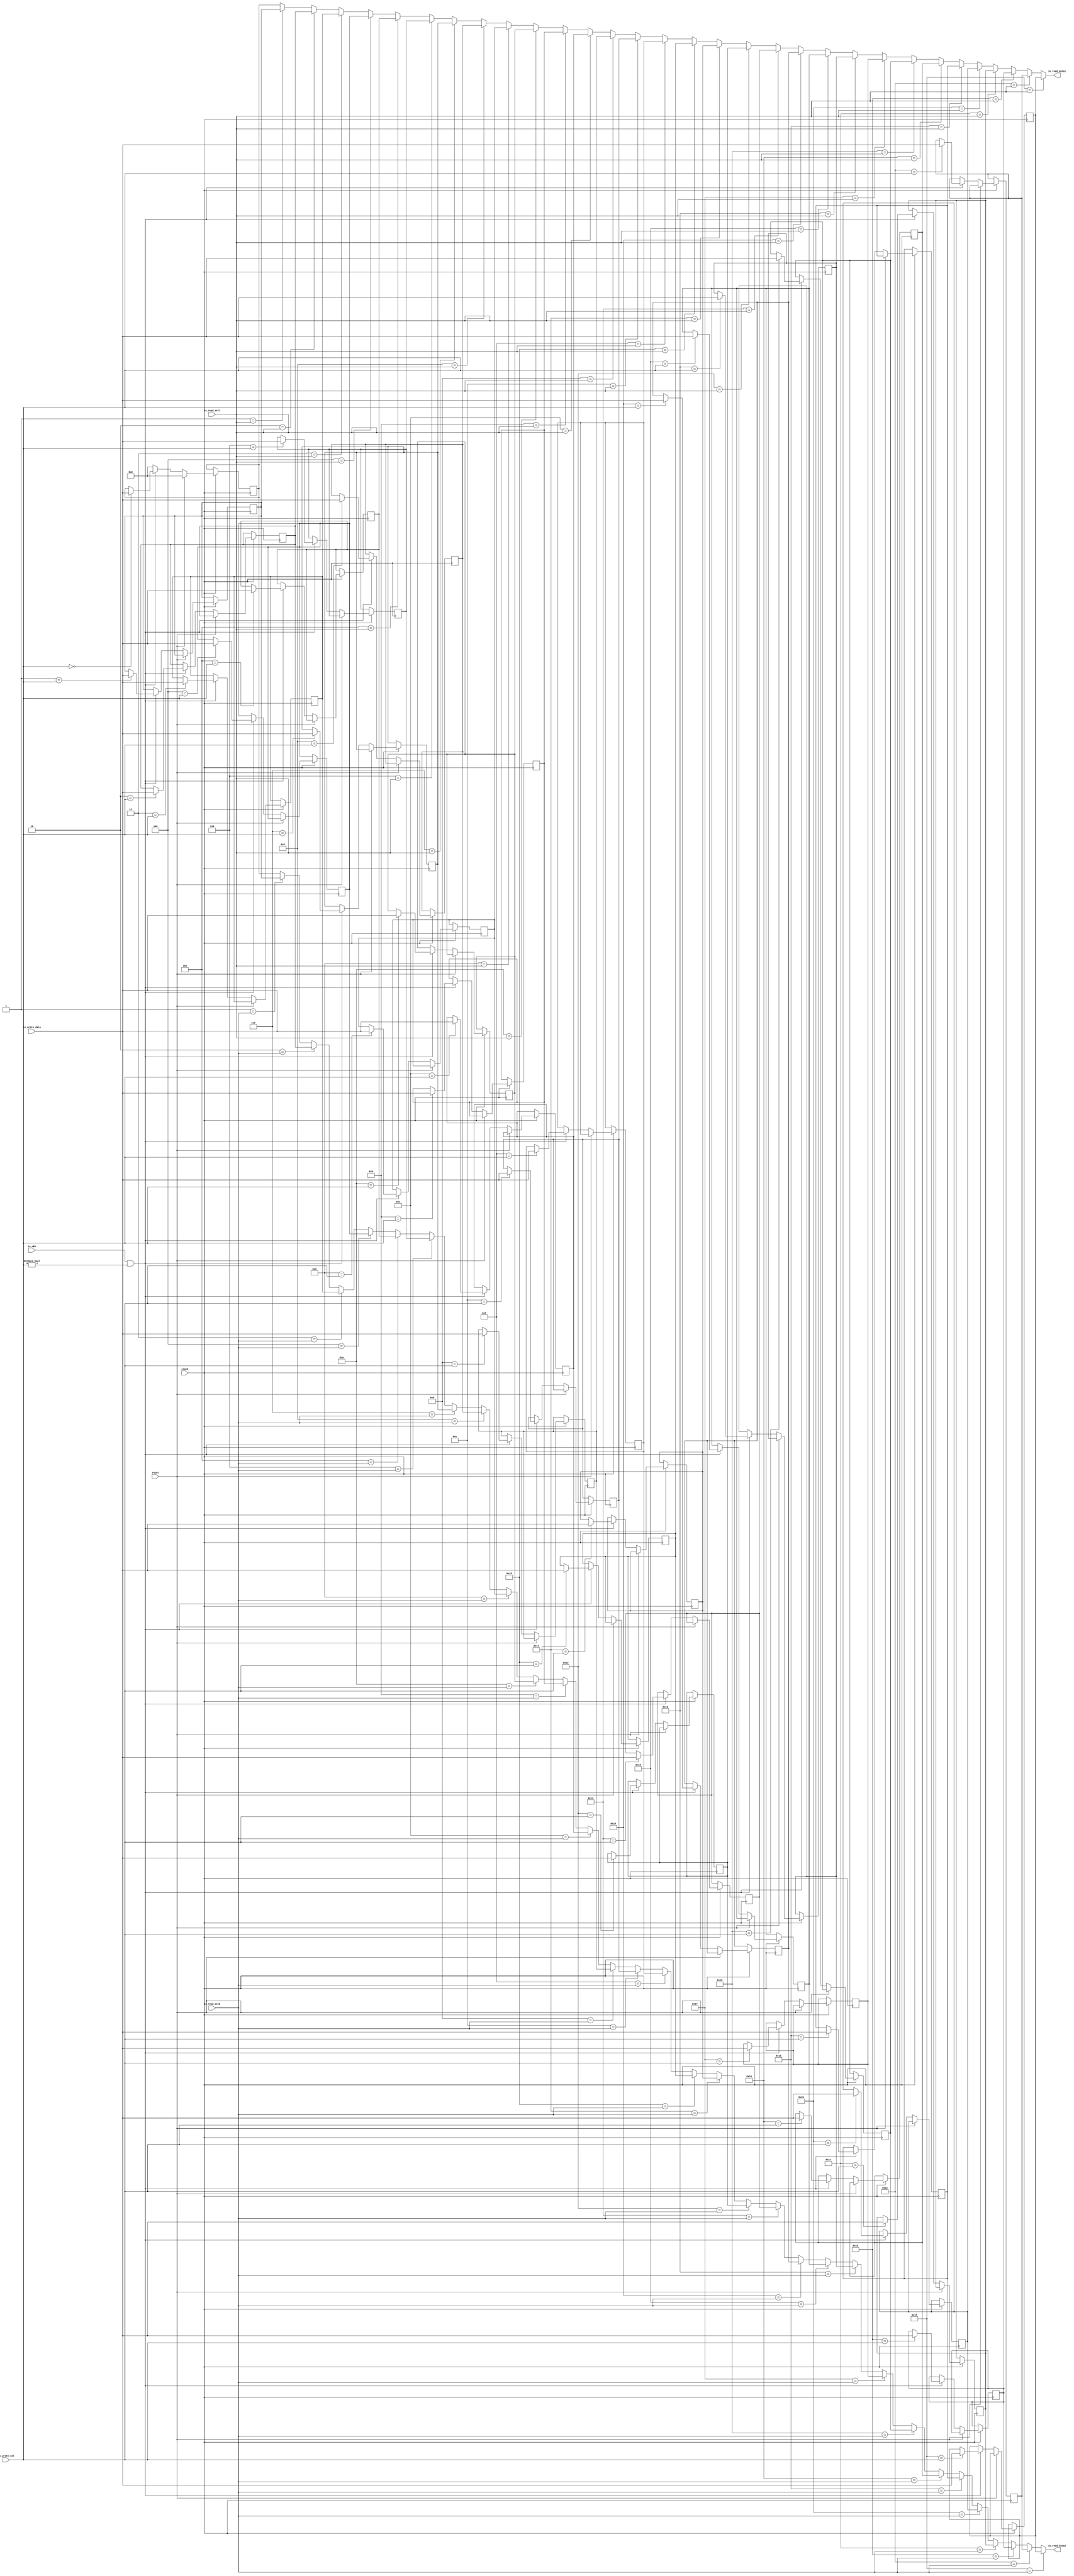
module register_file( // @[:@3.2]
  input         clock, // @[:@4.4]
  input         reset, // @[:@5.4]
  input         io_wEn, // @[:@6.4]
  input  [31:0] io_write_data, // @[:@6.4]
  input  [4:0]  io_read_sel1, // @[:@6.4]
  input  [4:0]  io_read_sel2, // @[:@6.4]
  input  [4:0]  io_write_sel, // @[:@6.4]
  output [31:0] io_read_data1, // @[:@6.4]
  output [31:0] io_read_data2 // @[:@6.4]
);
  reg [31:0] register_file_block_0; // @[regFile.scala 23:32:@8.4]
  reg [31:0] _RAND_0;
  reg [31:0] register_file_block_1; // @[regFile.scala 23:32:@8.4]
  reg [31:0] _RAND_1;
  reg [31:0] register_file_block_2; // @[regFile.scala 23:32:@8.4]
  reg [31:0] _RAND_2;
  reg [31:0] register_file_block_3; // @[regFile.scala 23:32:@8.4]
  reg [31:0] _RAND_3;
  reg [31:0] register_file_block_4; // @[regFile.scala 23:32:@8.4]
  reg [31:0] _RAND_4;
  reg [31:0] register_file_block_5; // @[regFile.scala 23:32:@8.4]
  reg [31:0] _RAND_5;
  reg [31:0] register_file_block_6; // @[regFile.scala 23:32:@8.4]
  reg [31:0] _RAND_6;
  reg [31:0] register_file_block_7; // @[regFile.scala 23:32:@8.4]
  reg [31:0] _RAND_7;
  reg [31:0] register_file_block_8; // @[regFile.scala 23:32:@8.4]
  reg [31:0] _RAND_8;
  reg [31:0] register_file_block_9; // @[regFile.scala 23:32:@8.4]
  reg [31:0] _RAND_9;
  reg [31:0] register_file_block_10; // @[regFile.scala 23:32:@8.4]
  reg [31:0] _RAND_10;
  reg [31:0] register_file_block_11; // @[regFile.scala 23:32:@8.4]
  reg [31:0] _RAND_11;
  reg [31:0] register_file_block_12; // @[regFile.scala 23:32:@8.4]
  reg [31:0] _RAND_12;
  reg [31:0] register_file_block_13; // @[regFile.scala 23:32:@8.4]
  reg [31:0] _RAND_13;
  reg [31:0] register_file_block_14; // @[regFile.scala 23:32:@8.4]
  reg [31:0] _RAND_14;
  reg [31:0] register_file_block_15; // @[regFile.scala 23:32:@8.4]
  reg [31:0] _RAND_15;
  reg [31:0] register_file_block_16; // @[regFile.scala 23:32:@8.4]
  reg [31:0] _RAND_16;
  reg [31:0] register_file_block_17; // @[regFile.scala 23:32:@8.4]
  reg [31:0] _RAND_17;
  reg [31:0] register_file_block_18; // @[regFile.scala 23:32:@8.4]
  reg [31:0] _RAND_18;
  reg [31:0] register_file_block_19; // @[regFile.scala 23:32:@8.4]
  reg [31:0] _RAND_19;
  reg [31:0] register_file_block_20; // @[regFile.scala 23:32:@8.4]
  reg [31:0] _RAND_20;
  reg [31:0] register_file_block_21; // @[regFile.scala 23:32:@8.4]
  reg [31:0] _RAND_21;
  reg [31:0] register_file_block_22; // @[regFile.scala 23:32:@8.4]
  reg [31:0] _RAND_22;
  reg [31:0] register_file_block_23; // @[regFile.scala 23:32:@8.4]
  reg [31:0] _RAND_23;
  reg [31:0] register_file_block_24; // @[regFile.scala 23:32:@8.4]
  reg [31:0] _RAND_24;
  reg [31:0] register_file_block_25; // @[regFile.scala 23:32:@8.4]
  reg [31:0] _RAND_25;
  reg [31:0] register_file_block_26; // @[regFile.scala 23:32:@8.4]
  reg [31:0] _RAND_26;
  reg [31:0] register_file_block_27; // @[regFile.scala 23:32:@8.4]
  reg [31:0] _RAND_27;
  reg [31:0] register_file_block_28; // @[regFile.scala 23:32:@8.4]
  reg [31:0] _RAND_28;
  reg [31:0] register_file_block_29; // @[regFile.scala 23:32:@8.4]
  reg [31:0] _RAND_29;
  reg [31:0] register_file_block_30; // @[regFile.scala 23:32:@8.4]
  reg [31:0] _RAND_30;
  reg [31:0] register_file_block_31; // @[regFile.scala 23:32:@8.4]
  reg [31:0] _RAND_31;
  wire  _T_60; // @[regFile.scala 25:15:@9.4]
  wire  _T_67; // @[regFile.scala 29:43:@18.8]
  wire  _T_68; // @[regFile.scala 29:26:@19.8]
  wire [31:0] _GEN_0; // @[regFile.scala 30:43:@21.10]
  wire [31:0] _GEN_1; // @[regFile.scala 30:43:@21.10]
  wire [31:0] _GEN_2; // @[regFile.scala 30:43:@21.10]
  wire [31:0] _GEN_3; // @[regFile.scala 30:43:@21.10]
  wire [31:0] _GEN_4; // @[regFile.scala 30:43:@21.10]
  wire [31:0] _GEN_5; // @[regFile.scala 30:43:@21.10]
  wire [31:0] _GEN_6; // @[regFile.scala 30:43:@21.10]
  wire [31:0] _GEN_7; // @[regFile.scala 30:43:@21.10]
  wire [31:0] _GEN_8; // @[regFile.scala 30:43:@21.10]
  wire [31:0] _GEN_9; // @[regFile.scala 30:43:@21.10]
  wire [31:0] _GEN_10; // @[regFile.scala 30:43:@21.10]
  wire [31:0] _GEN_11; // @[regFile.scala 30:43:@21.10]
  wire [31:0] _GEN_12; // @[regFile.scala 30:43:@21.10]
  wire [31:0] _GEN_13; // @[regFile.scala 30:43:@21.10]
  wire [31:0] _GEN_14; // @[regFile.scala 30:43:@21.10]
  wire [31:0] _GEN_15; // @[regFile.scala 30:43:@21.10]
  wire [31:0] _GEN_16; // @[regFile.scala 30:43:@21.10]
  wire [31:0] _GEN_17; // @[regFile.scala 30:43:@21.10]
  wire [31:0] _GEN_18; // @[regFile.scala 30:43:@21.10]
  wire [31:0] _GEN_19; // @[regFile.scala 30:43:@21.10]
  wire [31:0] _GEN_20; // @[regFile.scala 30:43:@21.10]
  wire [31:0] _GEN_21; // @[regFile.scala 30:43:@21.10]
  wire [31:0] _GEN_22; // @[regFile.scala 30:43:@21.10]
  wire [31:0] _GEN_23; // @[regFile.scala 30:43:@21.10]
  wire [31:0] _GEN_24; // @[regFile.scala 30:43:@21.10]
  wire [31:0] _GEN_25; // @[regFile.scala 30:43:@21.10]
  wire [31:0] _GEN_26; // @[regFile.scala 30:43:@21.10]
  wire [31:0] _GEN_27; // @[regFile.scala 30:43:@21.10]
  wire [31:0] _GEN_28; // @[regFile.scala 30:43:@21.10]
  wire [31:0] _GEN_29; // @[regFile.scala 30:43:@21.10]
  wire [31:0] _GEN_30; // @[regFile.scala 30:43:@21.10]
  wire [31:0] _GEN_31; // @[regFile.scala 30:43:@21.10]
  wire [31:0] _GEN_32; // @[regFile.scala 29:53:@20.8]
  wire [31:0] _GEN_33; // @[regFile.scala 29:53:@20.8]
  wire [31:0] _GEN_34; // @[regFile.scala 29:53:@20.8]
  wire [31:0] _GEN_35; // @[regFile.scala 29:53:@20.8]
  wire [31:0] _GEN_36; // @[regFile.scala 29:53:@20.8]
  wire [31:0] _GEN_37; // @[regFile.scala 29:53:@20.8]
  wire [31:0] _GEN_38; // @[regFile.scala 29:53:@20.8]
  wire [31:0] _GEN_39; // @[regFile.scala 29:53:@20.8]
  wire [31:0] _GEN_40; // @[regFile.scala 29:53:@20.8]
  wire [31:0] _GEN_41; // @[regFile.scala 29:53:@20.8]
  wire [31:0] _GEN_42; // @[regFile.scala 29:53:@20.8]
  wire [31:0] _GEN_43; // @[regFile.scala 29:53:@20.8]
  wire [31:0] _GEN_44; // @[regFile.scala 29:53:@20.8]
  wire [31:0] _GEN_45; // @[regFile.scala 29:53:@20.8]
  wire [31:0] _GEN_46; // @[regFile.scala 29:53:@20.8]
  wire [31:0] _GEN_47; // @[regFile.scala 29:53:@20.8]
  wire [31:0] _GEN_48; // @[regFile.scala 29:53:@20.8]
  wire [31:0] _GEN_49; // @[regFile.scala 29:53:@20.8]
  wire [31:0] _GEN_50; // @[regFile.scala 29:53:@20.8]
  wire [31:0] _GEN_51; // @[regFile.scala 29:53:@20.8]
  wire [31:0] _GEN_52; // @[regFile.scala 29:53:@20.8]
  wire [31:0] _GEN_53; // @[regFile.scala 29:53:@20.8]
  wire [31:0] _GEN_54; // @[regFile.scala 29:53:@20.8]
  wire [31:0] _GEN_55; // @[regFile.scala 29:53:@20.8]
  wire [31:0] _GEN_56; // @[regFile.scala 29:53:@20.8]
  wire [31:0] _GEN_57; // @[regFile.scala 29:53:@20.8]
  wire [31:0] _GEN_58; // @[regFile.scala 29:53:@20.8]
  wire [31:0] _GEN_59; // @[regFile.scala 29:53:@20.8]
  wire [31:0] _GEN_60; // @[regFile.scala 29:53:@20.8]
  wire [31:0] _GEN_61; // @[regFile.scala 29:53:@20.8]
  wire [31:0] _GEN_62; // @[regFile.scala 29:53:@20.8]
  wire [31:0] _GEN_63; // @[regFile.scala 29:53:@20.8]
  wire [31:0] _GEN_64; // @[regFile.scala 26:23:@13.6]
  wire [31:0] _GEN_65; // @[regFile.scala 26:23:@13.6]
  wire [31:0] _GEN_66; // @[regFile.scala 26:23:@13.6]
  wire [31:0] _GEN_67; // @[regFile.scala 26:23:@13.6]
  wire [31:0] _GEN_68; // @[regFile.scala 26:23:@13.6]
  wire [31:0] _GEN_69; // @[regFile.scala 26:23:@13.6]
  wire [31:0] _GEN_70; // @[regFile.scala 26:23:@13.6]
  wire [31:0] _GEN_71; // @[regFile.scala 26:23:@13.6]
  wire [31:0] _GEN_72; // @[regFile.scala 26:23:@13.6]
  wire [31:0] _GEN_73; // @[regFile.scala 26:23:@13.6]
  wire [31:0] _GEN_74; // @[regFile.scala 26:23:@13.6]
  wire [31:0] _GEN_75; // @[regFile.scala 26:23:@13.6]
  wire [31:0] _GEN_76; // @[regFile.scala 26:23:@13.6]
  wire [31:0] _GEN_77; // @[regFile.scala 26:23:@13.6]
  wire [31:0] _GEN_78; // @[regFile.scala 26:23:@13.6]
  wire [31:0] _GEN_79; // @[regFile.scala 26:23:@13.6]
  wire [31:0] _GEN_80; // @[regFile.scala 26:23:@13.6]
  wire [31:0] _GEN_81; // @[regFile.scala 26:23:@13.6]
  wire [31:0] _GEN_82; // @[regFile.scala 26:23:@13.6]
  wire [31:0] _GEN_83; // @[regFile.scala 26:23:@13.6]
  wire [31:0] _GEN_84; // @[regFile.scala 26:23:@13.6]
  wire [31:0] _GEN_85; // @[regFile.scala 26:23:@13.6]
  wire [31:0] _GEN_86; // @[regFile.scala 26:23:@13.6]
  wire [31:0] _GEN_87; // @[regFile.scala 26:23:@13.6]
  wire [31:0] _GEN_88; // @[regFile.scala 26:23:@13.6]
  wire [31:0] _GEN_89; // @[regFile.scala 26:23:@13.6]
  wire [31:0] _GEN_90; // @[regFile.scala 26:23:@13.6]
  wire [31:0] _GEN_91; // @[regFile.scala 26:23:@13.6]
  wire [31:0] _GEN_92; // @[regFile.scala 26:23:@13.6]
  wire [31:0] _GEN_93; // @[regFile.scala 26:23:@13.6]
  wire [31:0] _GEN_94; // @[regFile.scala 26:23:@13.6]
  wire [31:0] _GEN_95; // @[regFile.scala 26:23:@13.6]
  wire [31:0] _GEN_129; // @[regFile.scala 38:17:@28.4]
  wire [31:0] _GEN_130; // @[regFile.scala 38:17:@28.4]
  wire [31:0] _GEN_131; // @[regFile.scala 38:17:@28.4]
  wire [31:0] _GEN_132; // @[regFile.scala 38:17:@28.4]
  wire [31:0] _GEN_133; // @[regFile.scala 38:17:@28.4]
  wire [31:0] _GEN_134; // @[regFile.scala 38:17:@28.4]
  wire [31:0] _GEN_135; // @[regFile.scala 38:17:@28.4]
  wire [31:0] _GEN_136; // @[regFile.scala 38:17:@28.4]
  wire [31:0] _GEN_137; // @[regFile.scala 38:17:@28.4]
  wire [31:0] _GEN_138; // @[regFile.scala 38:17:@28.4]
  wire [31:0] _GEN_139; // @[regFile.scala 38:17:@28.4]
  wire [31:0] _GEN_140; // @[regFile.scala 38:17:@28.4]
  wire [31:0] _GEN_141; // @[regFile.scala 38:17:@28.4]
  wire [31:0] _GEN_142; // @[regFile.scala 38:17:@28.4]
  wire [31:0] _GEN_143; // @[regFile.scala 38:17:@28.4]
  wire [31:0] _GEN_144; // @[regFile.scala 38:17:@28.4]
  wire [31:0] _GEN_145; // @[regFile.scala 38:17:@28.4]
  wire [31:0] _GEN_146; // @[regFile.scala 38:17:@28.4]
  wire [31:0] _GEN_147; // @[regFile.scala 38:17:@28.4]
  wire [31:0] _GEN_148; // @[regFile.scala 38:17:@28.4]
  wire [31:0] _GEN_149; // @[regFile.scala 38:17:@28.4]
  wire [31:0] _GEN_150; // @[regFile.scala 38:17:@28.4]
  wire [31:0] _GEN_151; // @[regFile.scala 38:17:@28.4]
  wire [31:0] _GEN_152; // @[regFile.scala 38:17:@28.4]
  wire [31:0] _GEN_153; // @[regFile.scala 38:17:@28.4]
  wire [31:0] _GEN_154; // @[regFile.scala 38:17:@28.4]
  wire [31:0] _GEN_155; // @[regFile.scala 38:17:@28.4]
  wire [31:0] _GEN_156; // @[regFile.scala 38:17:@28.4]
  wire [31:0] _GEN_157; // @[regFile.scala 38:17:@28.4]
  wire [31:0] _GEN_158; // @[regFile.scala 38:17:@28.4]
  wire [31:0] _GEN_161; // @[regFile.scala 39:17:@29.4]
  wire [31:0] _GEN_162; // @[regFile.scala 39:17:@29.4]
  wire [31:0] _GEN_163; // @[regFile.scala 39:17:@29.4]
  wire [31:0] _GEN_164; // @[regFile.scala 39:17:@29.4]
  wire [31:0] _GEN_165; // @[regFile.scala 39:17:@29.4]
  wire [31:0] _GEN_166; // @[regFile.scala 39:17:@29.4]
  wire [31:0] _GEN_167; // @[regFile.scala 39:17:@29.4]
  wire [31:0] _GEN_168; // @[regFile.scala 39:17:@29.4]
  wire [31:0] _GEN_169; // @[regFile.scala 39:17:@29.4]
  wire [31:0] _GEN_170; // @[regFile.scala 39:17:@29.4]
  wire [31:0] _GEN_171; // @[regFile.scala 39:17:@29.4]
  wire [31:0] _GEN_172; // @[regFile.scala 39:17:@29.4]
  wire [31:0] _GEN_173; // @[regFile.scala 39:17:@29.4]
  wire [31:0] _GEN_174; // @[regFile.scala 39:17:@29.4]
  wire [31:0] _GEN_175; // @[regFile.scala 39:17:@29.4]
  wire [31:0] _GEN_176; // @[regFile.scala 39:17:@29.4]
  wire [31:0] _GEN_177; // @[regFile.scala 39:17:@29.4]
  wire [31:0] _GEN_178; // @[regFile.scala 39:17:@29.4]
  wire [31:0] _GEN_179; // @[regFile.scala 39:17:@29.4]
  wire [31:0] _GEN_180; // @[regFile.scala 39:17:@29.4]
  wire [31:0] _GEN_181; // @[regFile.scala 39:17:@29.4]
  wire [31:0] _GEN_182; // @[regFile.scala 39:17:@29.4]
  wire [31:0] _GEN_183; // @[regFile.scala 39:17:@29.4]
  wire [31:0] _GEN_184; // @[regFile.scala 39:17:@29.4]
  wire [31:0] _GEN_185; // @[regFile.scala 39:17:@29.4]
  wire [31:0] _GEN_186; // @[regFile.scala 39:17:@29.4]
  wire [31:0] _GEN_187; // @[regFile.scala 39:17:@29.4]
  wire [31:0] _GEN_188; // @[regFile.scala 39:17:@29.4]
  wire [31:0] _GEN_189; // @[regFile.scala 39:17:@29.4]
  wire [31:0] _GEN_190; // @[regFile.scala 39:17:@29.4]
  assign _T_60 = $unsigned(clock); // @[regFile.scala 25:15:@9.4]
  assign _T_67 = io_write_sel != 5'h0; // @[regFile.scala 29:43:@18.8]
  assign _T_68 = io_wEn & _T_67; // @[regFile.scala 29:26:@19.8]
  assign _GEN_0 = 5'h0 == io_write_sel ? io_write_data : register_file_block_0; // @[regFile.scala 30:43:@21.10]
  assign _GEN_1 = 5'h1 == io_write_sel ? io_write_data : register_file_block_1; // @[regFile.scala 30:43:@21.10]
  assign _GEN_2 = 5'h2 == io_write_sel ? io_write_data : register_file_block_2; // @[regFile.scala 30:43:@21.10]
  assign _GEN_3 = 5'h3 == io_write_sel ? io_write_data : register_file_block_3; // @[regFile.scala 30:43:@21.10]
  assign _GEN_4 = 5'h4 == io_write_sel ? io_write_data : register_file_block_4; // @[regFile.scala 30:43:@21.10]
  assign _GEN_5 = 5'h5 == io_write_sel ? io_write_data : register_file_block_5; // @[regFile.scala 30:43:@21.10]
  assign _GEN_6 = 5'h6 == io_write_sel ? io_write_data : register_file_block_6; // @[regFile.scala 30:43:@21.10]
  assign _GEN_7 = 5'h7 == io_write_sel ? io_write_data : register_file_block_7; // @[regFile.scala 30:43:@21.10]
  assign _GEN_8 = 5'h8 == io_write_sel ? io_write_data : register_file_block_8; // @[regFile.scala 30:43:@21.10]
  assign _GEN_9 = 5'h9 == io_write_sel ? io_write_data : register_file_block_9; // @[regFile.scala 30:43:@21.10]
  assign _GEN_10 = 5'ha == io_write_sel ? io_write_data : register_file_block_10; // @[regFile.scala 30:43:@21.10]
  assign _GEN_11 = 5'hb == io_write_sel ? io_write_data : register_file_block_11; // @[regFile.scala 30:43:@21.10]
  assign _GEN_12 = 5'hc == io_write_sel ? io_write_data : register_file_block_12; // @[regFile.scala 30:43:@21.10]
  assign _GEN_13 = 5'hd == io_write_sel ? io_write_data : register_file_block_13; // @[regFile.scala 30:43:@21.10]
  assign _GEN_14 = 5'he == io_write_sel ? io_write_data : register_file_block_14; // @[regFile.scala 30:43:@21.10]
  assign _GEN_15 = 5'hf == io_write_sel ? io_write_data : register_file_block_15; // @[regFile.scala 30:43:@21.10]
  assign _GEN_16 = 5'h10 == io_write_sel ? io_write_data : register_file_block_16; // @[regFile.scala 30:43:@21.10]
  assign _GEN_17 = 5'h11 == io_write_sel ? io_write_data : register_file_block_17; // @[regFile.scala 30:43:@21.10]
  assign _GEN_18 = 5'h12 == io_write_sel ? io_write_data : register_file_block_18; // @[regFile.scala 30:43:@21.10]
  assign _GEN_19 = 5'h13 == io_write_sel ? io_write_data : register_file_block_19; // @[regFile.scala 30:43:@21.10]
  assign _GEN_20 = 5'h14 == io_write_sel ? io_write_data : register_file_block_20; // @[regFile.scala 30:43:@21.10]
  assign _GEN_21 = 5'h15 == io_write_sel ? io_write_data : register_file_block_21; // @[regFile.scala 30:43:@21.10]
  assign _GEN_22 = 5'h16 == io_write_sel ? io_write_data : register_file_block_22; // @[regFile.scala 30:43:@21.10]
  assign _GEN_23 = 5'h17 == io_write_sel ? io_write_data : register_file_block_23; // @[regFile.scala 30:43:@21.10]
  assign _GEN_24 = 5'h18 == io_write_sel ? io_write_data : register_file_block_24; // @[regFile.scala 30:43:@21.10]
  assign _GEN_25 = 5'h19 == io_write_sel ? io_write_data : register_file_block_25; // @[regFile.scala 30:43:@21.10]
  assign _GEN_26 = 5'h1a == io_write_sel ? io_write_data : register_file_block_26; // @[regFile.scala 30:43:@21.10]
  assign _GEN_27 = 5'h1b == io_write_sel ? io_write_data : register_file_block_27; // @[regFile.scala 30:43:@21.10]
  assign _GEN_28 = 5'h1c == io_write_sel ? io_write_data : register_file_block_28; // @[regFile.scala 30:43:@21.10]
  assign _GEN_29 = 5'h1d == io_write_sel ? io_write_data : register_file_block_29; // @[regFile.scala 30:43:@21.10]
  assign _GEN_30 = 5'h1e == io_write_sel ? io_write_data : register_file_block_30; // @[regFile.scala 30:43:@21.10]
  assign _GEN_31 = 5'h1f == io_write_sel ? io_write_data : register_file_block_31; // @[regFile.scala 30:43:@21.10]
  assign _GEN_32 = _T_68 ? _GEN_0 : 32'h0; // @[regFile.scala 29:53:@20.8]
  assign _GEN_33 = _T_68 ? _GEN_1 : register_file_block_1; // @[regFile.scala 29:53:@20.8]
  assign _GEN_34 = _T_68 ? _GEN_2 : register_file_block_2; // @[regFile.scala 29:53:@20.8]
  assign _GEN_35 = _T_68 ? _GEN_3 : register_file_block_3; // @[regFile.scala 29:53:@20.8]
  assign _GEN_36 = _T_68 ? _GEN_4 : register_file_block_4; // @[regFile.scala 29:53:@20.8]
  assign _GEN_37 = _T_68 ? _GEN_5 : register_file_block_5; // @[regFile.scala 29:53:@20.8]
  assign _GEN_38 = _T_68 ? _GEN_6 : register_file_block_6; // @[regFile.scala 29:53:@20.8]
  assign _GEN_39 = _T_68 ? _GEN_7 : register_file_block_7; // @[regFile.scala 29:53:@20.8]
  assign _GEN_40 = _T_68 ? _GEN_8 : register_file_block_8; // @[regFile.scala 29:53:@20.8]
  assign _GEN_41 = _T_68 ? _GEN_9 : register_file_block_9; // @[regFile.scala 29:53:@20.8]
  assign _GEN_42 = _T_68 ? _GEN_10 : register_file_block_10; // @[regFile.scala 29:53:@20.8]
  assign _GEN_43 = _T_68 ? _GEN_11 : register_file_block_11; // @[regFile.scala 29:53:@20.8]
  assign _GEN_44 = _T_68 ? _GEN_12 : register_file_block_12; // @[regFile.scala 29:53:@20.8]
  assign _GEN_45 = _T_68 ? _GEN_13 : register_file_block_13; // @[regFile.scala 29:53:@20.8]
  assign _GEN_46 = _T_68 ? _GEN_14 : register_file_block_14; // @[regFile.scala 29:53:@20.8]
  assign _GEN_47 = _T_68 ? _GEN_15 : register_file_block_15; // @[regFile.scala 29:53:@20.8]
  assign _GEN_48 = _T_68 ? _GEN_16 : register_file_block_16; // @[regFile.scala 29:53:@20.8]
  assign _GEN_49 = _T_68 ? _GEN_17 : register_file_block_17; // @[regFile.scala 29:53:@20.8]
  assign _GEN_50 = _T_68 ? _GEN_18 : register_file_block_18; // @[regFile.scala 29:53:@20.8]
  assign _GEN_51 = _T_68 ? _GEN_19 : register_file_block_19; // @[regFile.scala 29:53:@20.8]
  assign _GEN_52 = _T_68 ? _GEN_20 : register_file_block_20; // @[regFile.scala 29:53:@20.8]
  assign _GEN_53 = _T_68 ? _GEN_21 : register_file_block_21; // @[regFile.scala 29:53:@20.8]
  assign _GEN_54 = _T_68 ? _GEN_22 : register_file_block_22; // @[regFile.scala 29:53:@20.8]
  assign _GEN_55 = _T_68 ? _GEN_23 : register_file_block_23; // @[regFile.scala 29:53:@20.8]
  assign _GEN_56 = _T_68 ? _GEN_24 : register_file_block_24; // @[regFile.scala 29:53:@20.8]
  assign _GEN_57 = _T_68 ? _GEN_25 : register_file_block_25; // @[regFile.scala 29:53:@20.8]
  assign _GEN_58 = _T_68 ? _GEN_26 : register_file_block_26; // @[regFile.scala 29:53:@20.8]
  assign _GEN_59 = _T_68 ? _GEN_27 : register_file_block_27; // @[regFile.scala 29:53:@20.8]
  assign _GEN_60 = _T_68 ? _GEN_28 : register_file_block_28; // @[regFile.scala 29:53:@20.8]
  assign _GEN_61 = _T_68 ? _GEN_29 : register_file_block_29; // @[regFile.scala 29:53:@20.8]
  assign _GEN_62 = _T_68 ? _GEN_30 : register_file_block_30; // @[regFile.scala 29:53:@20.8]
  assign _GEN_63 = _T_68 ? _GEN_31 : register_file_block_31; // @[regFile.scala 29:53:@20.8]
  assign _GEN_64 = reset ? 32'h0 : _GEN_32; // @[regFile.scala 26:23:@13.6]
  assign _GEN_65 = reset ? register_file_block_1 : _GEN_33; // @[regFile.scala 26:23:@13.6]
  assign _GEN_66 = reset ? register_file_block_2 : _GEN_34; // @[regFile.scala 26:23:@13.6]
  assign _GEN_67 = reset ? register_file_block_3 : _GEN_35; // @[regFile.scala 26:23:@13.6]
  assign _GEN_68 = reset ? register_file_block_4 : _GEN_36; // @[regFile.scala 26:23:@13.6]
  assign _GEN_69 = reset ? register_file_block_5 : _GEN_37; // @[regFile.scala 26:23:@13.6]
  assign _GEN_70 = reset ? register_file_block_6 : _GEN_38; // @[regFile.scala 26:23:@13.6]
  assign _GEN_71 = reset ? register_file_block_7 : _GEN_39; // @[regFile.scala 26:23:@13.6]
  assign _GEN_72 = reset ? register_file_block_8 : _GEN_40; // @[regFile.scala 26:23:@13.6]
  assign _GEN_73 = reset ? register_file_block_9 : _GEN_41; // @[regFile.scala 26:23:@13.6]
  assign _GEN_74 = reset ? register_file_block_10 : _GEN_42; // @[regFile.scala 26:23:@13.6]
  assign _GEN_75 = reset ? register_file_block_11 : _GEN_43; // @[regFile.scala 26:23:@13.6]
  assign _GEN_76 = reset ? register_file_block_12 : _GEN_44; // @[regFile.scala 26:23:@13.6]
  assign _GEN_77 = reset ? register_file_block_13 : _GEN_45; // @[regFile.scala 26:23:@13.6]
  assign _GEN_78 = reset ? register_file_block_14 : _GEN_46; // @[regFile.scala 26:23:@13.6]
  assign _GEN_79 = reset ? register_file_block_15 : _GEN_47; // @[regFile.scala 26:23:@13.6]
  assign _GEN_80 = reset ? register_file_block_16 : _GEN_48; // @[regFile.scala 26:23:@13.6]
  assign _GEN_81 = reset ? register_file_block_17 : _GEN_49; // @[regFile.scala 26:23:@13.6]
  assign _GEN_82 = reset ? register_file_block_18 : _GEN_50; // @[regFile.scala 26:23:@13.6]
  assign _GEN_83 = reset ? register_file_block_19 : _GEN_51; // @[regFile.scala 26:23:@13.6]
  assign _GEN_84 = reset ? register_file_block_20 : _GEN_52; // @[regFile.scala 26:23:@13.6]
  assign _GEN_85 = reset ? register_file_block_21 : _GEN_53; // @[regFile.scala 26:23:@13.6]
  assign _GEN_86 = reset ? register_file_block_22 : _GEN_54; // @[regFile.scala 26:23:@13.6]
  assign _GEN_87 = reset ? register_file_block_23 : _GEN_55; // @[regFile.scala 26:23:@13.6]
  assign _GEN_88 = reset ? register_file_block_24 : _GEN_56; // @[regFile.scala 26:23:@13.6]
  assign _GEN_89 = reset ? register_file_block_25 : _GEN_57; // @[regFile.scala 26:23:@13.6]
  assign _GEN_90 = reset ? register_file_block_26 : _GEN_58; // @[regFile.scala 26:23:@13.6]
  assign _GEN_91 = reset ? register_file_block_27 : _GEN_59; // @[regFile.scala 26:23:@13.6]
  assign _GEN_92 = reset ? register_file_block_28 : _GEN_60; // @[regFile.scala 26:23:@13.6]
  assign _GEN_93 = reset ? register_file_block_29 : _GEN_61; // @[regFile.scala 26:23:@13.6]
  assign _GEN_94 = reset ? register_file_block_30 : _GEN_62; // @[regFile.scala 26:23:@13.6]
  assign _GEN_95 = reset ? register_file_block_31 : _GEN_63; // @[regFile.scala 26:23:@13.6]
  assign _GEN_129 = 5'h1 == io_read_sel1 ? register_file_block_1 : register_file_block_0; // @[regFile.scala 38:17:@28.4]
  assign _GEN_130 = 5'h2 == io_read_sel1 ? register_file_block_2 : _GEN_129; // @[regFile.scala 38:17:@28.4]
  assign _GEN_131 = 5'h3 == io_read_sel1 ? register_file_block_3 : _GEN_130; // @[regFile.scala 38:17:@28.4]
  assign _GEN_132 = 5'h4 == io_read_sel1 ? register_file_block_4 : _GEN_131; // @[regFile.scala 38:17:@28.4]
  assign _GEN_133 = 5'h5 == io_read_sel1 ? register_file_block_5 : _GEN_132; // @[regFile.scala 38:17:@28.4]
  assign _GEN_134 = 5'h6 == io_read_sel1 ? register_file_block_6 : _GEN_133; // @[regFile.scala 38:17:@28.4]
  assign _GEN_135 = 5'h7 == io_read_sel1 ? register_file_block_7 : _GEN_134; // @[regFile.scala 38:17:@28.4]
  assign _GEN_136 = 5'h8 == io_read_sel1 ? register_file_block_8 : _GEN_135; // @[regFile.scala 38:17:@28.4]
  assign _GEN_137 = 5'h9 == io_read_sel1 ? register_file_block_9 : _GEN_136; // @[regFile.scala 38:17:@28.4]
  assign _GEN_138 = 5'ha == io_read_sel1 ? register_file_block_10 : _GEN_137; // @[regFile.scala 38:17:@28.4]
  assign _GEN_139 = 5'hb == io_read_sel1 ? register_file_block_11 : _GEN_138; // @[regFile.scala 38:17:@28.4]
  assign _GEN_140 = 5'hc == io_read_sel1 ? register_file_block_12 : _GEN_139; // @[regFile.scala 38:17:@28.4]
  assign _GEN_141 = 5'hd == io_read_sel1 ? register_file_block_13 : _GEN_140; // @[regFile.scala 38:17:@28.4]
  assign _GEN_142 = 5'he == io_read_sel1 ? register_file_block_14 : _GEN_141; // @[regFile.scala 38:17:@28.4]
  assign _GEN_143 = 5'hf == io_read_sel1 ? register_file_block_15 : _GEN_142; // @[regFile.scala 38:17:@28.4]
  assign _GEN_144 = 5'h10 == io_read_sel1 ? register_file_block_16 : _GEN_143; // @[regFile.scala 38:17:@28.4]
  assign _GEN_145 = 5'h11 == io_read_sel1 ? register_file_block_17 : _GEN_144; // @[regFile.scala 38:17:@28.4]
  assign _GEN_146 = 5'h12 == io_read_sel1 ? register_file_block_18 : _GEN_145; // @[regFile.scala 38:17:@28.4]
  assign _GEN_147 = 5'h13 == io_read_sel1 ? register_file_block_19 : _GEN_146; // @[regFile.scala 38:17:@28.4]
  assign _GEN_148 = 5'h14 == io_read_sel1 ? register_file_block_20 : _GEN_147; // @[regFile.scala 38:17:@28.4]
  assign _GEN_149 = 5'h15 == io_read_sel1 ? register_file_block_21 : _GEN_148; // @[regFile.scala 38:17:@28.4]
  assign _GEN_150 = 5'h16 == io_read_sel1 ? register_file_block_22 : _GEN_149; // @[regFile.scala 38:17:@28.4]
  assign _GEN_151 = 5'h17 == io_read_sel1 ? register_file_block_23 : _GEN_150; // @[regFile.scala 38:17:@28.4]
  assign _GEN_152 = 5'h18 == io_read_sel1 ? register_file_block_24 : _GEN_151; // @[regFile.scala 38:17:@28.4]
  assign _GEN_153 = 5'h19 == io_read_sel1 ? register_file_block_25 : _GEN_152; // @[regFile.scala 38:17:@28.4]
  assign _GEN_154 = 5'h1a == io_read_sel1 ? register_file_block_26 : _GEN_153; // @[regFile.scala 38:17:@28.4]
  assign _GEN_155 = 5'h1b == io_read_sel1 ? register_file_block_27 : _GEN_154; // @[regFile.scala 38:17:@28.4]
  assign _GEN_156 = 5'h1c == io_read_sel1 ? register_file_block_28 : _GEN_155; // @[regFile.scala 38:17:@28.4]
  assign _GEN_157 = 5'h1d == io_read_sel1 ? register_file_block_29 : _GEN_156; // @[regFile.scala 38:17:@28.4]
  assign _GEN_158 = 5'h1e == io_read_sel1 ? register_file_block_30 : _GEN_157; // @[regFile.scala 38:17:@28.4]
  assign _GEN_161 = 5'h1 == io_read_sel2 ? register_file_block_1 : register_file_block_0; // @[regFile.scala 39:17:@29.4]
  assign _GEN_162 = 5'h2 == io_read_sel2 ? register_file_block_2 : _GEN_161; // @[regFile.scala 39:17:@29.4]
  assign _GEN_163 = 5'h3 == io_read_sel2 ? register_file_block_3 : _GEN_162; // @[regFile.scala 39:17:@29.4]
  assign _GEN_164 = 5'h4 == io_read_sel2 ? register_file_block_4 : _GEN_163; // @[regFile.scala 39:17:@29.4]
  assign _GEN_165 = 5'h5 == io_read_sel2 ? register_file_block_5 : _GEN_164; // @[regFile.scala 39:17:@29.4]
  assign _GEN_166 = 5'h6 == io_read_sel2 ? register_file_block_6 : _GEN_165; // @[regFile.scala 39:17:@29.4]
  assign _GEN_167 = 5'h7 == io_read_sel2 ? register_file_block_7 : _GEN_166; // @[regFile.scala 39:17:@29.4]
  assign _GEN_168 = 5'h8 == io_read_sel2 ? register_file_block_8 : _GEN_167; // @[regFile.scala 39:17:@29.4]
  assign _GEN_169 = 5'h9 == io_read_sel2 ? register_file_block_9 : _GEN_168; // @[regFile.scala 39:17:@29.4]
  assign _GEN_170 = 5'ha == io_read_sel2 ? register_file_block_10 : _GEN_169; // @[regFile.scala 39:17:@29.4]
  assign _GEN_171 = 5'hb == io_read_sel2 ? register_file_block_11 : _GEN_170; // @[regFile.scala 39:17:@29.4]
  assign _GEN_172 = 5'hc == io_read_sel2 ? register_file_block_12 : _GEN_171; // @[regFile.scala 39:17:@29.4]
  assign _GEN_173 = 5'hd == io_read_sel2 ? register_file_block_13 : _GEN_172; // @[regFile.scala 39:17:@29.4]
  assign _GEN_174 = 5'he == io_read_sel2 ? register_file_block_14 : _GEN_173; // @[regFile.scala 39:17:@29.4]
  assign _GEN_175 = 5'hf == io_read_sel2 ? register_file_block_15 : _GEN_174; // @[regFile.scala 39:17:@29.4]
  assign _GEN_176 = 5'h10 == io_read_sel2 ? register_file_block_16 : _GEN_175; // @[regFile.scala 39:17:@29.4]
  assign _GEN_177 = 5'h11 == io_read_sel2 ? register_file_block_17 : _GEN_176; // @[regFile.scala 39:17:@29.4]
  assign _GEN_178 = 5'h12 == io_read_sel2 ? register_file_block_18 : _GEN_177; // @[regFile.scala 39:17:@29.4]
  assign _GEN_179 = 5'h13 == io_read_sel2 ? register_file_block_19 : _GEN_178; // @[regFile.scala 39:17:@29.4]
  assign _GEN_180 = 5'h14 == io_read_sel2 ? register_file_block_20 : _GEN_179; // @[regFile.scala 39:17:@29.4]
  assign _GEN_181 = 5'h15 == io_read_sel2 ? register_file_block_21 : _GEN_180; // @[regFile.scala 39:17:@29.4]
  assign _GEN_182 = 5'h16 == io_read_sel2 ? register_file_block_22 : _GEN_181; // @[regFile.scala 39:17:@29.4]
  assign _GEN_183 = 5'h17 == io_read_sel2 ? register_file_block_23 : _GEN_182; // @[regFile.scala 39:17:@29.4]
  assign _GEN_184 = 5'h18 == io_read_sel2 ? register_file_block_24 : _GEN_183; // @[regFile.scala 39:17:@29.4]
  assign _GEN_185 = 5'h19 == io_read_sel2 ? register_file_block_25 : _GEN_184; // @[regFile.scala 39:17:@29.4]
  assign _GEN_186 = 5'h1a == io_read_sel2 ? register_file_block_26 : _GEN_185; // @[regFile.scala 39:17:@29.4]
  assign _GEN_187 = 5'h1b == io_read_sel2 ? register_file_block_27 : _GEN_186; // @[regFile.scala 39:17:@29.4]
  assign _GEN_188 = 5'h1c == io_read_sel2 ? register_file_block_28 : _GEN_187; // @[regFile.scala 39:17:@29.4]
  assign _GEN_189 = 5'h1d == io_read_sel2 ? register_file_block_29 : _GEN_188; // @[regFile.scala 39:17:@29.4]
  assign _GEN_190 = 5'h1e == io_read_sel2 ? register_file_block_30 : _GEN_189; // @[regFile.scala 39:17:@29.4]
  assign io_read_data1 = 5'h1f == io_read_sel1 ? register_file_block_31 : _GEN_158; // @[regFile.scala 38:17:@28.4]
  assign io_read_data2 = 5'h1f == io_read_sel2 ? register_file_block_31 : _GEN_190; // @[regFile.scala 39:17:@29.4]
`ifdef RANDOMIZE_GARBAGE_ASSIGN
`define RANDOMIZE
`endif
`ifdef RANDOMIZE_INVALID_ASSIGN
`define RANDOMIZE
`endif
`ifdef RANDOMIZE_REG_INIT
`define RANDOMIZE
`endif
`ifdef RANDOMIZE_MEM_INIT
`define RANDOMIZE
`endif
`ifdef RANDOMIZE
  integer initvar;
  initial begin
    `ifndef verilator
      #0.002 begin end
    `endif
  `ifdef RANDOMIZE_REG_INIT
  _RAND_0 = {1{$random}};
  register_file_block_0 = _RAND_0[31:0];
  `endif // RANDOMIZE_REG_INIT
  `ifdef RANDOMIZE_REG_INIT
  _RAND_1 = {1{$random}};
  register_file_block_1 = _RAND_1[31:0];
  `endif // RANDOMIZE_REG_INIT
  `ifdef RANDOMIZE_REG_INIT
  _RAND_2 = {1{$random}};
  register_file_block_2 = _RAND_2[31:0];
  `endif // RANDOMIZE_REG_INIT
  `ifdef RANDOMIZE_REG_INIT
  _RAND_3 = {1{$random}};
  register_file_block_3 = _RAND_3[31:0];
  `endif // RANDOMIZE_REG_INIT
  `ifdef RANDOMIZE_REG_INIT
  _RAND_4 = {1{$random}};
  register_file_block_4 = _RAND_4[31:0];
  `endif // RANDOMIZE_REG_INIT
  `ifdef RANDOMIZE_REG_INIT
  _RAND_5 = {1{$random}};
  register_file_block_5 = _RAND_5[31:0];
  `endif // RANDOMIZE_REG_INIT
  `ifdef RANDOMIZE_REG_INIT
  _RAND_6 = {1{$random}};
  register_file_block_6 = _RAND_6[31:0];
  `endif // RANDOMIZE_REG_INIT
  `ifdef RANDOMIZE_REG_INIT
  _RAND_7 = {1{$random}};
  register_file_block_7 = _RAND_7[31:0];
  `endif // RANDOMIZE_REG_INIT
  `ifdef RANDOMIZE_REG_INIT
  _RAND_8 = {1{$random}};
  register_file_block_8 = _RAND_8[31:0];
  `endif // RANDOMIZE_REG_INIT
  `ifdef RANDOMIZE_REG_INIT
  _RAND_9 = {1{$random}};
  register_file_block_9 = _RAND_9[31:0];
  `endif // RANDOMIZE_REG_INIT
  `ifdef RANDOMIZE_REG_INIT
  _RAND_10 = {1{$random}};
  register_file_block_10 = _RAND_10[31:0];
  `endif // RANDOMIZE_REG_INIT
  `ifdef RANDOMIZE_REG_INIT
  _RAND_11 = {1{$random}};
  register_file_block_11 = _RAND_11[31:0];
  `endif // RANDOMIZE_REG_INIT
  `ifdef RANDOMIZE_REG_INIT
  _RAND_12 = {1{$random}};
  register_file_block_12 = _RAND_12[31:0];
  `endif // RANDOMIZE_REG_INIT
  `ifdef RANDOMIZE_REG_INIT
  _RAND_13 = {1{$random}};
  register_file_block_13 = _RAND_13[31:0];
  `endif // RANDOMIZE_REG_INIT
  `ifdef RANDOMIZE_REG_INIT
  _RAND_14 = {1{$random}};
  register_file_block_14 = _RAND_14[31:0];
  `endif // RANDOMIZE_REG_INIT
  `ifdef RANDOMIZE_REG_INIT
  _RAND_15 = {1{$random}};
  register_file_block_15 = _RAND_15[31:0];
  `endif // RANDOMIZE_REG_INIT
  `ifdef RANDOMIZE_REG_INIT
  _RAND_16 = {1{$random}};
  register_file_block_16 = _RAND_16[31:0];
  `endif // RANDOMIZE_REG_INIT
  `ifdef RANDOMIZE_REG_INIT
  _RAND_17 = {1{$random}};
  register_file_block_17 = _RAND_17[31:0];
  `endif // RANDOMIZE_REG_INIT
  `ifdef RANDOMIZE_REG_INIT
  _RAND_18 = {1{$random}};
  register_file_block_18 = _RAND_18[31:0];
  `endif // RANDOMIZE_REG_INIT
  `ifdef RANDOMIZE_REG_INIT
  _RAND_19 = {1{$random}};
  register_file_block_19 = _RAND_19[31:0];
  `endif // RANDOMIZE_REG_INIT
  `ifdef RANDOMIZE_REG_INIT
  _RAND_20 = {1{$random}};
  register_file_block_20 = _RAND_20[31:0];
  `endif // RANDOMIZE_REG_INIT
  `ifdef RANDOMIZE_REG_INIT
  _RAND_21 = {1{$random}};
  register_file_block_21 = _RAND_21[31:0];
  `endif // RANDOMIZE_REG_INIT
  `ifdef RANDOMIZE_REG_INIT
  _RAND_22 = {1{$random}};
  register_file_block_22 = _RAND_22[31:0];
  `endif // RANDOMIZE_REG_INIT
  `ifdef RANDOMIZE_REG_INIT
  _RAND_23 = {1{$random}};
  register_file_block_23 = _RAND_23[31:0];
  `endif // RANDOMIZE_REG_INIT
  `ifdef RANDOMIZE_REG_INIT
  _RAND_24 = {1{$random}};
  register_file_block_24 = _RAND_24[31:0];
  `endif // RANDOMIZE_REG_INIT
  `ifdef RANDOMIZE_REG_INIT
  _RAND_25 = {1{$random}};
  register_file_block_25 = _RAND_25[31:0];
  `endif // RANDOMIZE_REG_INIT
  `ifdef RANDOMIZE_REG_INIT
  _RAND_26 = {1{$random}};
  register_file_block_26 = _RAND_26[31:0];
  `endif // RANDOMIZE_REG_INIT
  `ifdef RANDOMIZE_REG_INIT
  _RAND_27 = {1{$random}};
  register_file_block_27 = _RAND_27[31:0];
  `endif // RANDOMIZE_REG_INIT
  `ifdef RANDOMIZE_REG_INIT
  _RAND_28 = {1{$random}};
  register_file_block_28 = _RAND_28[31:0];
  `endif // RANDOMIZE_REG_INIT
  `ifdef RANDOMIZE_REG_INIT
  _RAND_29 = {1{$random}};
  register_file_block_29 = _RAND_29[31:0];
  `endif // RANDOMIZE_REG_INIT
  `ifdef RANDOMIZE_REG_INIT
  _RAND_30 = {1{$random}};
  register_file_block_30 = _RAND_30[31:0];
  `endif // RANDOMIZE_REG_INIT
  `ifdef RANDOMIZE_REG_INIT
  _RAND_31 = {1{$random}};
  register_file_block_31 = _RAND_31[31:0];
  `endif // RANDOMIZE_REG_INIT
  end
`endif // RANDOMIZE
  always @(posedge clock) begin
    if (_T_60) begin
      if (reset) begin
        register_file_block_0 <= 32'h0;
      end else begin
        if (_T_68) begin
          if (5'h0 == io_write_sel) begin
            register_file_block_0 <= io_write_data;
          end
        end else begin
          register_file_block_0 <= 32'h0;
        end
      end
    end
    if (_T_60) begin
      if (!(reset)) begin
        if (_T_68) begin
          if (5'h1 == io_write_sel) begin
            register_file_block_1 <= io_write_data;
          end
        end
      end
    end
    if (_T_60) begin
      if (!(reset)) begin
        if (_T_68) begin
          if (5'h2 == io_write_sel) begin
            register_file_block_2 <= io_write_data;
          end
        end
      end
    end
    if (_T_60) begin
      if (!(reset)) begin
        if (_T_68) begin
          if (5'h3 == io_write_sel) begin
            register_file_block_3 <= io_write_data;
          end
        end
      end
    end
    if (_T_60) begin
      if (!(reset)) begin
        if (_T_68) begin
          if (5'h4 == io_write_sel) begin
            register_file_block_4 <= io_write_data;
          end
        end
      end
    end
    if (_T_60) begin
      if (!(reset)) begin
        if (_T_68) begin
          if (5'h5 == io_write_sel) begin
            register_file_block_5 <= io_write_data;
          end
        end
      end
    end
    if (_T_60) begin
      if (!(reset)) begin
        if (_T_68) begin
          if (5'h6 == io_write_sel) begin
            register_file_block_6 <= io_write_data;
          end
        end
      end
    end
    if (_T_60) begin
      if (!(reset)) begin
        if (_T_68) begin
          if (5'h7 == io_write_sel) begin
            register_file_block_7 <= io_write_data;
          end
        end
      end
    end
    if (_T_60) begin
      if (!(reset)) begin
        if (_T_68) begin
          if (5'h8 == io_write_sel) begin
            register_file_block_8 <= io_write_data;
          end
        end
      end
    end
    if (_T_60) begin
      if (!(reset)) begin
        if (_T_68) begin
          if (5'h9 == io_write_sel) begin
            register_file_block_9 <= io_write_data;
          end
        end
      end
    end
    if (_T_60) begin
      if (!(reset)) begin
        if (_T_68) begin
          if (5'ha == io_write_sel) begin
            register_file_block_10 <= io_write_data;
          end
        end
      end
    end
    if (_T_60) begin
      if (!(reset)) begin
        if (_T_68) begin
          if (5'hb == io_write_sel) begin
            register_file_block_11 <= io_write_data;
          end
        end
      end
    end
    if (_T_60) begin
      if (!(reset)) begin
        if (_T_68) begin
          if (5'hc == io_write_sel) begin
            register_file_block_12 <= io_write_data;
          end
        end
      end
    end
    if (_T_60) begin
      if (!(reset)) begin
        if (_T_68) begin
          if (5'hd == io_write_sel) begin
            register_file_block_13 <= io_write_data;
          end
        end
      end
    end
    if (_T_60) begin
      if (!(reset)) begin
        if (_T_68) begin
          if (5'he == io_write_sel) begin
            register_file_block_14 <= io_write_data;
          end
        end
      end
    end
    if (_T_60) begin
      if (!(reset)) begin
        if (_T_68) begin
          if (5'hf == io_write_sel) begin
            register_file_block_15 <= io_write_data;
          end
        end
      end
    end
    if (_T_60) begin
      if (!(reset)) begin
        if (_T_68) begin
          if (5'h10 == io_write_sel) begin
            register_file_block_16 <= io_write_data;
          end
        end
      end
    end
    if (_T_60) begin
      if (!(reset)) begin
        if (_T_68) begin
          if (5'h11 == io_write_sel) begin
            register_file_block_17 <= io_write_data;
          end
        end
      end
    end
    if (_T_60) begin
      if (!(reset)) begin
        if (_T_68) begin
          if (5'h12 == io_write_sel) begin
            register_file_block_18 <= io_write_data;
          end
        end
      end
    end
    if (_T_60) begin
      if (!(reset)) begin
        if (_T_68) begin
          if (5'h13 == io_write_sel) begin
            register_file_block_19 <= io_write_data;
          end
        end
      end
    end
    if (_T_60) begin
      if (!(reset)) begin
        if (_T_68) begin
          if (5'h14 == io_write_sel) begin
            register_file_block_20 <= io_write_data;
          end
        end
      end
    end
    if (_T_60) begin
      if (!(reset)) begin
        if (_T_68) begin
          if (5'h15 == io_write_sel) begin
            register_file_block_21 <= io_write_data;
          end
        end
      end
    end
    if (_T_60) begin
      if (!(reset)) begin
        if (_T_68) begin
          if (5'h16 == io_write_sel) begin
            register_file_block_22 <= io_write_data;
          end
        end
      end
    end
    if (_T_60) begin
      if (!(reset)) begin
        if (_T_68) begin
          if (5'h17 == io_write_sel) begin
            register_file_block_23 <= io_write_data;
          end
        end
      end
    end
    if (_T_60) begin
      if (!(reset)) begin
        if (_T_68) begin
          if (5'h18 == io_write_sel) begin
            register_file_block_24 <= io_write_data;
          end
        end
      end
    end
    if (_T_60) begin
      if (!(reset)) begin
        if (_T_68) begin
          if (5'h19 == io_write_sel) begin
            register_file_block_25 <= io_write_data;
          end
        end
      end
    end
    if (_T_60) begin
      if (!(reset)) begin
        if (_T_68) begin
          if (5'h1a == io_write_sel) begin
            register_file_block_26 <= io_write_data;
          end
        end
      end
    end
    if (_T_60) begin
      if (!(reset)) begin
        if (_T_68) begin
          if (5'h1b == io_write_sel) begin
            register_file_block_27 <= io_write_data;
          end
        end
      end
    end
    if (_T_60) begin
      if (!(reset)) begin
        if (_T_68) begin
          if (5'h1c == io_write_sel) begin
            register_file_block_28 <= io_write_data;
          end
        end
      end
    end
    if (_T_60) begin
      if (!(reset)) begin
        if (_T_68) begin
          if (5'h1d == io_write_sel) begin
            register_file_block_29 <= io_write_data;
          end
        end
      end
    end
    if (_T_60) begin
      if (!(reset)) begin
        if (_T_68) begin
          if (5'h1e == io_write_sel) begin
            register_file_block_30 <= io_write_data;
          end
        end
      end
    end
    if (_T_60) begin
      if (!(reset)) begin
        if (_T_68) begin
          if (5'h1f == io_write_sel) begin
            register_file_block_31 <= io_write_data;
          end
        end
      end
    end
  end
endmodule
module decode( // @[:@31.2]
  input         clock, // @[:@32.4]
  input         reset, // @[:@33.4]
  input         io_clock, // @[:@34.4]
  input         io_reset, // @[:@34.4]
  input  [19:0] io_PC, // @[:@34.4]
  input  [31:0] io_instruction, // @[:@34.4]
  input  [1:0]  io_extend_sel, // @[:@34.4]
  input         io_write, // @[:@34.4]
  input  [4:0]  io_write_reg, // @[:@34.4]
  input  [31:0] io_write_data, // @[:@34.4]
  output [31:0] io_rs1_data, // @[:@34.4]
  output [31:0] io_rs2_data, // @[:@34.4]
  output [4:0]  io_rd, // @[:@34.4]
  output [6:0]  io_opcode, // @[:@34.4]
  output [6:0]  io_funct7, // @[:@34.4]
  output [2:0]  io_funct3, // @[:@34.4]
  output [31:0] io_extend_imm, // @[:@34.4]
  output [19:0] io_branch_target, // @[:@34.4]
  output [19:0] io_JAL_target // @[:@34.4]
);
  wire  registerfile0_clock; // @[decode.scala 70:29:@99.4]
  wire  registerfile0_reset; // @[decode.scala 70:29:@99.4]
  wire  registerfile0_io_wEn; // @[decode.scala 70:29:@99.4]
  wire [31:0] registerfile0_io_write_data; // @[decode.scala 70:29:@99.4]
  wire [4:0] registerfile0_io_read_sel1; // @[decode.scala 70:29:@99.4]
  wire [4:0] registerfile0_io_read_sel2; // @[decode.scala 70:29:@99.4]
  wire [4:0] registerfile0_io_write_sel; // @[decode.scala 70:29:@99.4]
  wire [31:0] registerfile0_io_read_data1; // @[decode.scala 70:29:@99.4]
  wire [31:0] registerfile0_io_read_data2; // @[decode.scala 70:29:@99.4]
  wire [11:0] i_imm; // @[decode.scala 39:34:@38.4]
  wire [6:0] s_imm_msb; // @[decode.scala 40:34:@39.4]
  wire [4:0] s_imm_lsb; // @[decode.scala 41:34:@40.4]
  wire [19:0] u_imm; // @[decode.scala 42:34:@41.4]
  wire  _T_39; // @[decode.scala 44:38:@43.4]
  wire [7:0] _T_40; // @[decode.scala 44:58:@44.4]
  wire  _T_41; // @[decode.scala 44:81:@45.4]
  wire [10:0] _T_42; // @[decode.scala 44:101:@46.4]
  wire [11:0] _T_43; // @[Cat.scala 30:58:@47.4]
  wire [8:0] _T_44; // @[Cat.scala 30:58:@48.4]
  wire [20:0] uj_imm_32; // @[Cat.scala 30:58:@49.4]
  wire [11:0] s_imm_orig; // @[Cat.scala 30:58:@50.4]
  wire  _T_45; // @[decode.scala 47:34:@51.4]
  wire  _T_46; // @[decode.scala 47:47:@52.4]
  wire [5:0] _T_47; // @[decode.scala 47:60:@53.4]
  wire [3:0] _T_48; // @[decode.scala 47:75:@54.4]
  wire [4:0] _T_50; // @[Cat.scala 30:58:@55.4]
  wire [1:0] _T_51; // @[Cat.scala 30:58:@56.4]
  wire [7:0] _T_52; // @[Cat.scala 30:58:@57.4]
  wire [12:0] sb_imm_orig; // @[Cat.scala 30:58:@58.4]
  wire  _T_53; // @[decode.scala 48:45:@59.4]
  wire [18:0] _T_57; // @[Bitwise.scala 72:12:@61.4]
  wire [31:0] sb_imm_32; // @[Cat.scala 30:58:@62.4]
  wire [31:0] u_imm_32; // @[Cat.scala 30:58:@63.4]
  wire  _T_59; // @[decode.scala 50:44:@64.4]
  wire [19:0] _T_63; // @[Bitwise.scala 72:12:@66.4]
  wire [31:0] i_imm_32; // @[Cat.scala 30:58:@68.4]
  wire  _T_65; // @[decode.scala 51:44:@69.4]
  wire [19:0] _T_69; // @[Bitwise.scala 72:12:@71.4]
  wire [31:0] s_imm_32; // @[Cat.scala 30:58:@72.4]
  wire  _T_71; // @[decode.scala 55:22:@73.4]
  wire  _T_73; // @[decode.scala 57:30:@78.6]
  wire [31:0] _GEN_0; // @[decode.scala 57:52:@79.6]
  wire [20:0] _GEN_2; // @[decode.scala 66:33:@93.4]
  wire [21:0] _T_78; // @[decode.scala 66:33:@93.4]
  wire [20:0] _T_79; // @[decode.scala 66:33:@94.4]
  wire [31:0] _GEN_3; // @[decode.scala 67:29:@96.4]
  wire [32:0] _T_80; // @[decode.scala 67:29:@96.4]
  wire [31:0] _T_81; // @[decode.scala 67:29:@97.4]
  register_file registerfile0 ( // @[decode.scala 70:29:@99.4]
    .clock(registerfile0_clock),
    .reset(registerfile0_reset),
    .io_wEn(registerfile0_io_wEn),
    .io_write_data(registerfile0_io_write_data),
    .io_read_sel1(registerfile0_io_read_sel1),
    .io_read_sel2(registerfile0_io_read_sel2),
    .io_write_sel(registerfile0_io_write_sel),
    .io_read_data1(registerfile0_io_read_data1),
    .io_read_data2(registerfile0_io_read_data2)
  );
  assign i_imm = io_instruction[31:20]; // @[decode.scala 39:34:@38.4]
  assign s_imm_msb = io_instruction[31:25]; // @[decode.scala 40:34:@39.4]
  assign s_imm_lsb = io_instruction[11:7]; // @[decode.scala 41:34:@40.4]
  assign u_imm = io_instruction[31:12]; // @[decode.scala 42:34:@41.4]
  assign _T_39 = io_instruction[31]; // @[decode.scala 44:38:@43.4]
  assign _T_40 = io_instruction[19:12]; // @[decode.scala 44:58:@44.4]
  assign _T_41 = io_instruction[20]; // @[decode.scala 44:81:@45.4]
  assign _T_42 = io_instruction[31:21]; // @[decode.scala 44:101:@46.4]
  assign _T_43 = {_T_41,_T_42}; // @[Cat.scala 30:58:@47.4]
  assign _T_44 = {_T_39,_T_40}; // @[Cat.scala 30:58:@48.4]
  assign uj_imm_32 = {_T_44,_T_43}; // @[Cat.scala 30:58:@49.4]
  assign s_imm_orig = {s_imm_msb,s_imm_lsb}; // @[Cat.scala 30:58:@50.4]
  assign _T_45 = s_imm_msb[6]; // @[decode.scala 47:34:@51.4]
  assign _T_46 = s_imm_lsb[0]; // @[decode.scala 47:47:@52.4]
  assign _T_47 = s_imm_msb[5:0]; // @[decode.scala 47:60:@53.4]
  assign _T_48 = s_imm_lsb[4:1]; // @[decode.scala 47:75:@54.4]
  assign _T_50 = {_T_48,1'h0}; // @[Cat.scala 30:58:@55.4]
  assign _T_51 = {_T_45,_T_46}; // @[Cat.scala 30:58:@56.4]
  assign _T_52 = {_T_51,_T_47}; // @[Cat.scala 30:58:@57.4]
  assign sb_imm_orig = {_T_52,_T_50}; // @[Cat.scala 30:58:@58.4]
  assign _T_53 = sb_imm_orig[12]; // @[decode.scala 48:45:@59.4]
  assign _T_57 = _T_53 ? 19'h7ffff : 19'h0; // @[Bitwise.scala 72:12:@61.4]
  assign sb_imm_32 = {_T_57,sb_imm_orig}; // @[Cat.scala 30:58:@62.4]
  assign u_imm_32 = {u_imm,12'h0}; // @[Cat.scala 30:58:@63.4]
  assign _T_59 = i_imm[11]; // @[decode.scala 50:44:@64.4]
  assign _T_63 = _T_59 ? 20'hfffff : 20'h0; // @[Bitwise.scala 72:12:@66.4]
  assign i_imm_32 = {_T_63,i_imm}; // @[Cat.scala 30:58:@68.4]
  assign _T_65 = s_imm_orig[11]; // @[decode.scala 51:44:@69.4]
  assign _T_69 = _T_65 ? 20'hfffff : 20'h0; // @[Bitwise.scala 72:12:@71.4]
  assign s_imm_32 = {_T_69,s_imm_orig}; // @[Cat.scala 30:58:@72.4]
  assign _T_71 = io_extend_sel == 2'h1; // @[decode.scala 55:22:@73.4]
  assign _T_73 = io_extend_sel == 2'h2; // @[decode.scala 57:30:@78.6]
  assign _GEN_0 = _T_73 ? u_imm_32 : i_imm_32; // @[decode.scala 57:52:@79.6]
  assign _GEN_2 = {{1'd0}, io_PC}; // @[decode.scala 66:33:@93.4]
  assign _T_78 = uj_imm_32 + _GEN_2; // @[decode.scala 66:33:@93.4]
  assign _T_79 = _T_78[20:0]; // @[decode.scala 66:33:@94.4]
  assign _GEN_3 = {{12'd0}, io_PC}; // @[decode.scala 67:29:@96.4]
  assign _T_80 = _GEN_3 + sb_imm_32; // @[decode.scala 67:29:@96.4]
  assign _T_81 = _T_80[31:0]; // @[decode.scala 67:29:@97.4]
  assign io_rs1_data = registerfile0_io_read_data1; // @[decode.scala 79:17:@109.4]
  assign io_rs2_data = registerfile0_io_read_data2; // @[decode.scala 80:17:@110.4]
  assign io_rd = io_instruction[11:7]; // @[decode.scala 65:13:@92.4]
  assign io_opcode = io_instruction[6:0]; // @[decode.scala 62:13:@86.4]
  assign io_funct7 = io_instruction[31:25]; // @[decode.scala 63:13:@88.4]
  assign io_funct3 = io_instruction[14:12]; // @[decode.scala 64:13:@90.4]
  assign io_extend_imm = _T_71 ? s_imm_32 : _GEN_0; // @[decode.scala 56:19:@75.6 decode.scala 58:20:@80.8 decode.scala 60:20:@83.8]
  assign io_branch_target = _T_81[19:0]; // @[decode.scala 67:20:@98.4]
  assign io_JAL_target = _T_79[19:0]; // @[decode.scala 66:20:@95.4]
  assign registerfile0_clock = clock; // @[:@100.4]
  assign registerfile0_reset = reset; // @[:@101.4]
  assign registerfile0_io_wEn = io_write; // @[decode.scala 73:33:@104.4]
  assign registerfile0_io_write_data = io_write_data; // @[decode.scala 74:33:@105.4]
  assign registerfile0_io_read_sel1 = io_instruction[19:15]; // @[decode.scala 75:33:@106.4]
  assign registerfile0_io_read_sel2 = io_instruction[24:20]; // @[decode.scala 76:33:@107.4]
  assign registerfile0_io_write_sel = io_write_data[4:0]; // @[decode.scala 77:33:@108.4]
endmodule